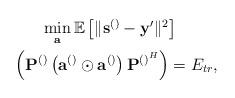
LaTeX: \begin{align*}\begin{gathered}\min_{\mathbf{a}} \mathbb{E}\left[\lVert\mathbf{s}^{\left(\right)}-\mathbf{y}'\rVert^2\right]\\~~\left(\mathbf{P}^{\left(\right)}\left(\mathbf{a}^{\left(\right)}\odot \mathbf{a}^{\left(\right)}\right)\mathbf{P}^{\left(\right)^{H}}\right)=E_{tr},\end{gathered} \end{align*}